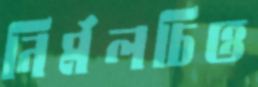
নির্মলচিত্ত